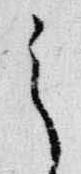
之